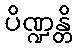
ပိဏ္ဍန္တိ